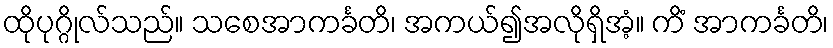
ထိုပုဂ္ဂိုလ်သည်။ သစေအာကင်္ခတိ၊ အကယ်၍အလိုရှိအံ့။ ကိံ အာကင်္ခတိ၊